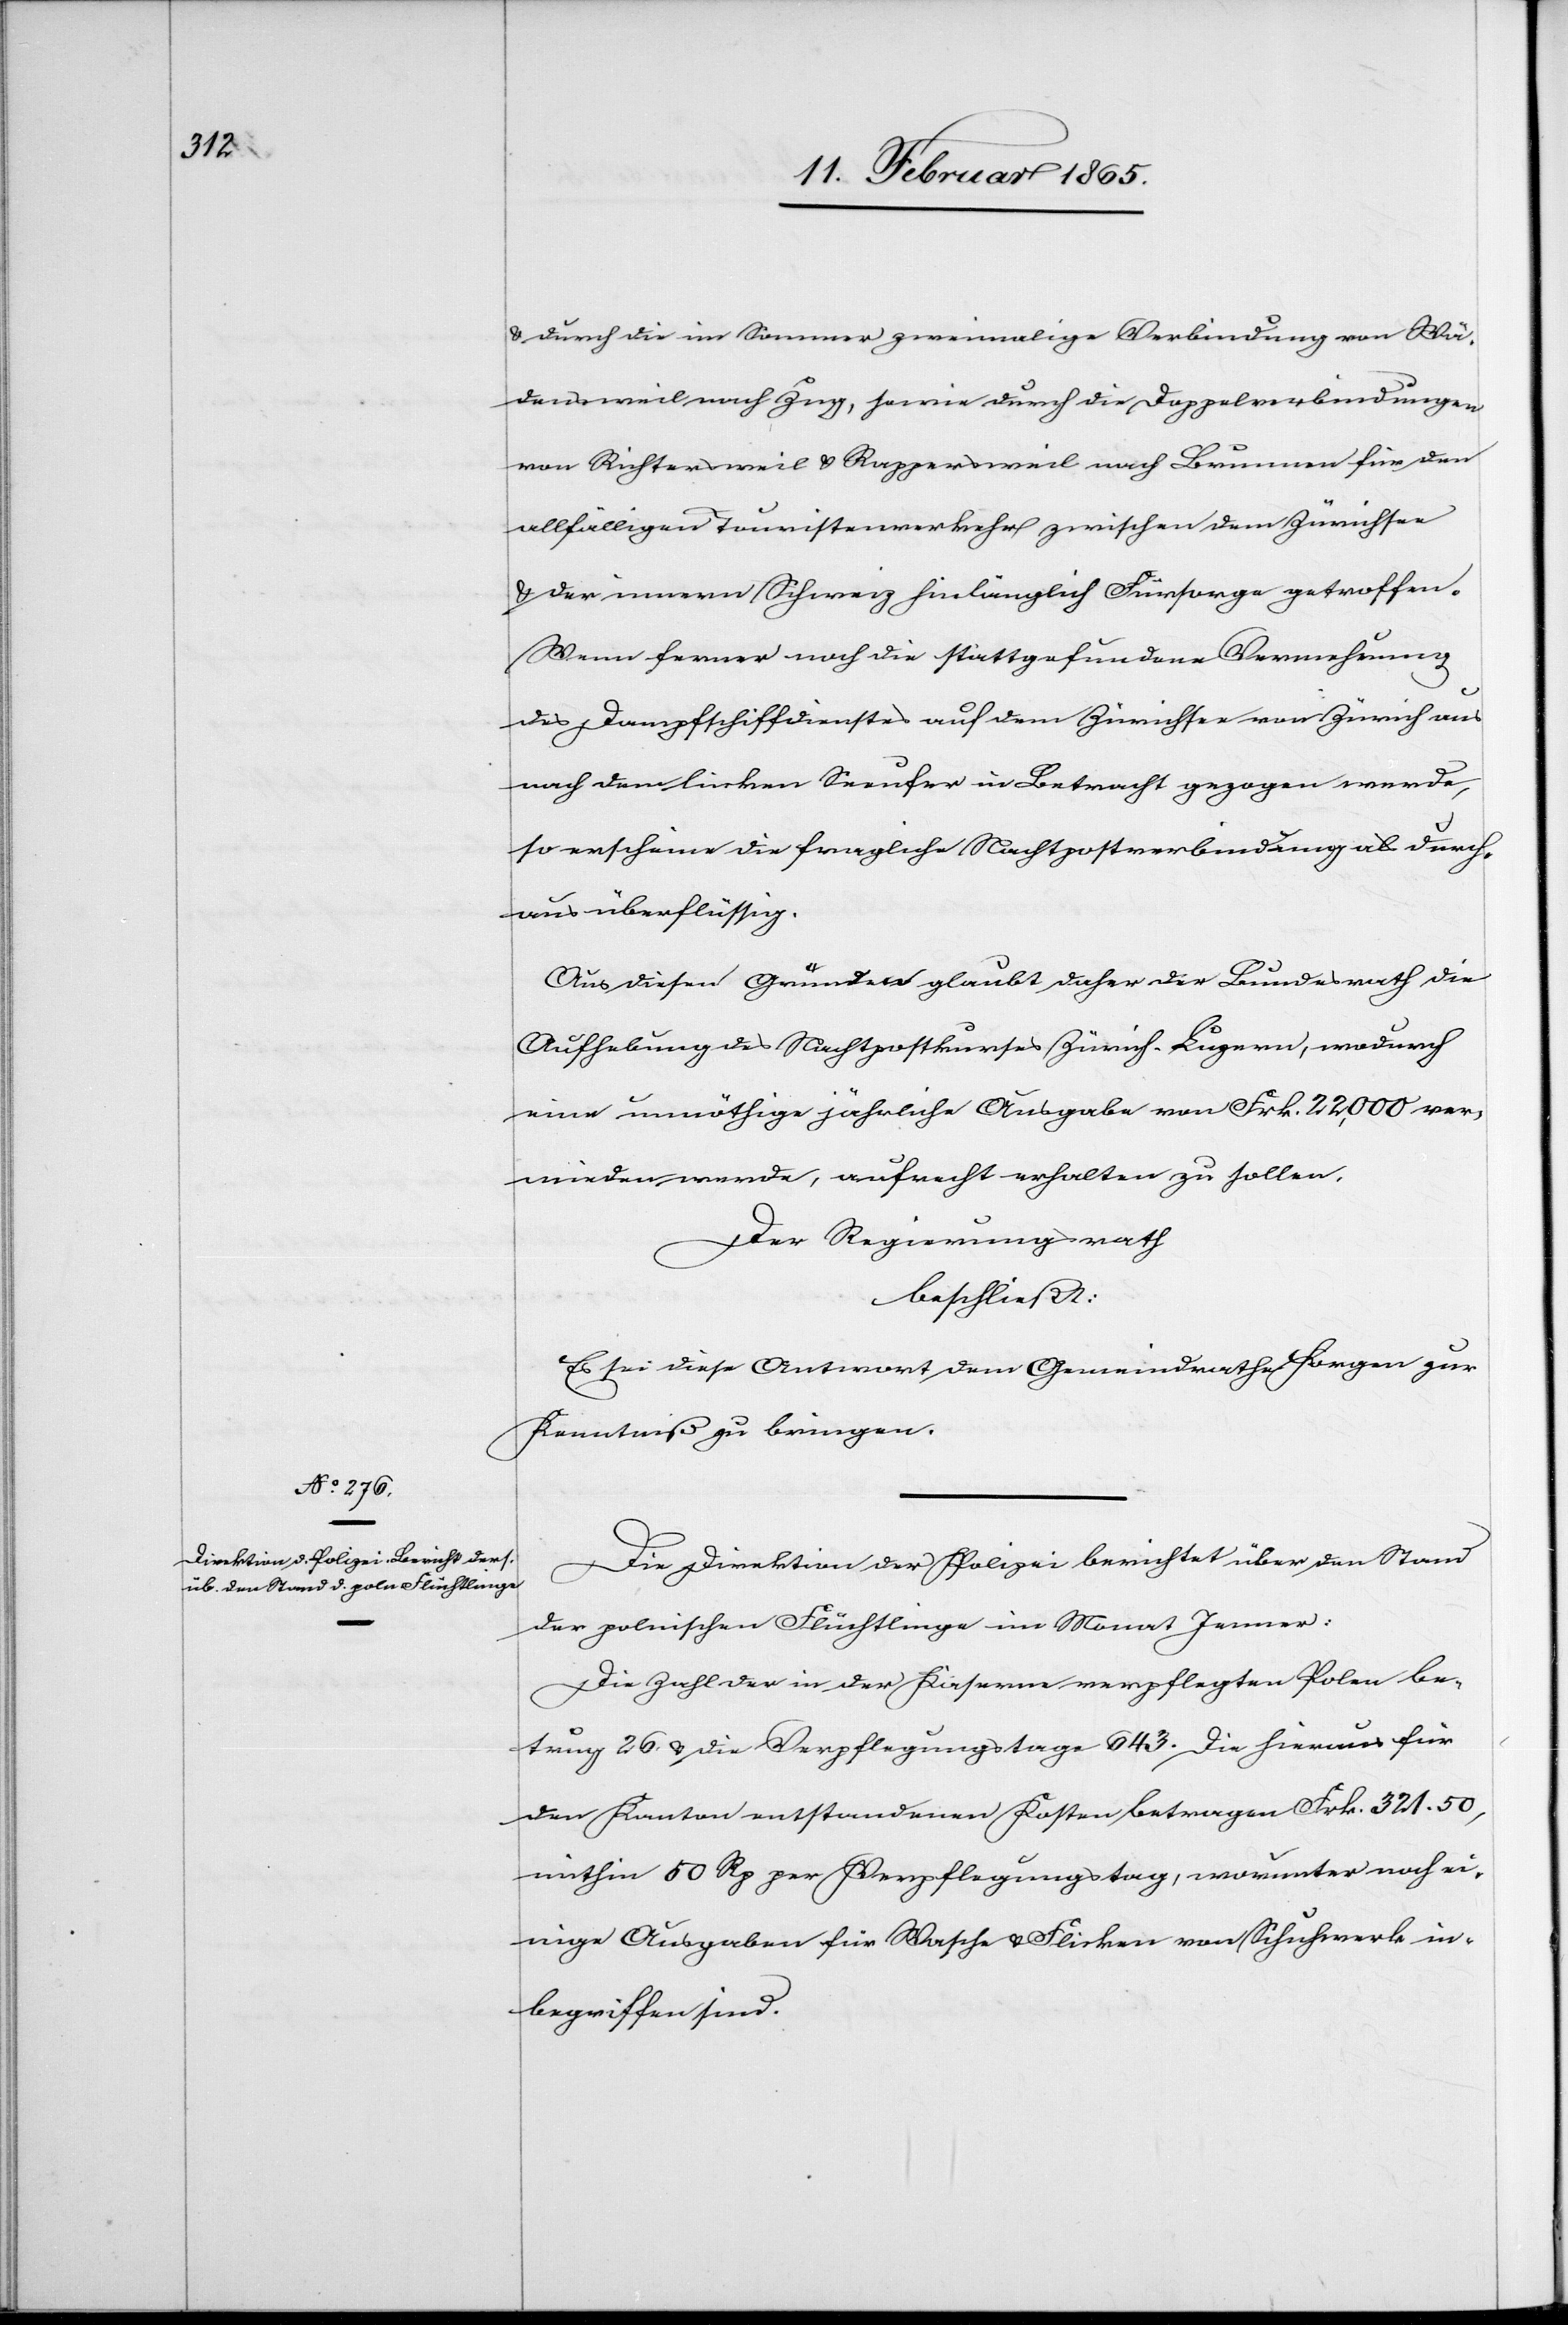
u. durch die im Sommer zweimalige Verbindung von Wä¬
densweil nach Zug, sowie durch die Doppelverbindungen
von Richtersweil u. Rappersweil nach Brunnen für den
allfälligen Touristenverkehr zwischen dem Zürichsee
u. der innern Schweiz hinlänglich Fürsorge getroffen.
Wenn ferner noch die stattgefundene Vermehrung
des Dampfschiffdienstes auf dem Zürichsee von Zürich aus
nach dem linken Seeufer in Betracht gezogen werde,
so erscheine die fragliche Nachtpostverbindung als durch¬
aus überflüssig.
Aus diesen Gründen glaubt daher der Bundesrath die
Aufhebung des Nachtpostkurses Zürich-Luzern, wodurch
eine unnöthige jährliche Ausgabe von Frk. 22,000 ver¬
mieden werde, aufrecht erhalten zu sollen.
Der Regierungsrath
beschließt:
Es sei diese Antwort dem Gemeindrathe Horgen zur
Kenntniß zu bringen.
Die Direktion der Polizei berichtet über den Stand
der polnischen Flüchtlinge im Monat Jenner:
Die Zahl der in der Kaserne verpflegten Polen be¬
trug 26. u. die Verpflegungstage 643. Die hieraus für
den Kanton entstandenen Kosten betragen Frk. 321. 50,
mithin 50 Rp per Verpflegungstag, worunter noch ei¬
nige Ausgaben für Wasche u. Flicken von Schuhwerk in¬
begriffen sind.